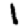
Digit: 1